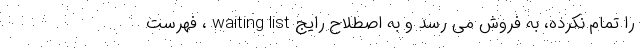
را تمام نکرده، به فروش می رسد و به اصطلاح رایج waiting list ، فهرست